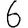
Digit: 6